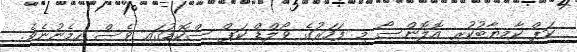
ކަޕް ކާމިޔާބުކުރި އޮލޮންސޯ މި ފަހަރުގެ ވޯލްޑް ކަޕް ސްކޮޑުގައި ވެސް ހިމެނުނެވެ.